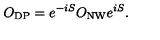
O _ { \mathrm { D P } } = e ^ { - i S } O _ { \mathrm { N W } } e ^ { i S } .